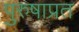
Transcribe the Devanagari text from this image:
पुरुषाप्रत